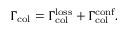
\Gamma _ { \mathrm { c o l } } = \Gamma _ { \mathrm { c o l } } ^ { \mathrm { l o s s } } + \Gamma _ { \mathrm { c o l } } ^ { \mathrm { c o n f } } .